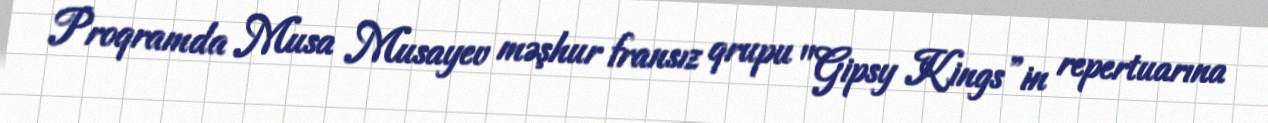
Proqramda Musa Musayev məşhur fransız qrupu "Gipsy Kings”in repertuarına